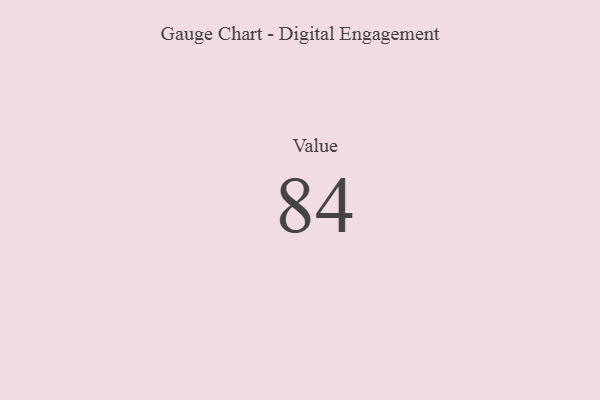
{"axis": {"x": "Metric", "y": "Value"}, "legend": [""], "data": [{"x": "Value", "y": 84, "type": ""}]}